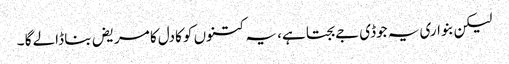
لیکن بنواری یہ جوڈی جے بجتا ہے، یہ کتنوں کو کادل کا مریض بنا ڈالے گا ۔